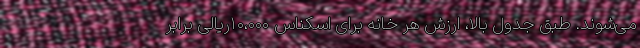
می‌شوند. طبق جدول بالا، ارزش هر خانه برای اسکناس ۱۰،۰۰۰ریالی برابر